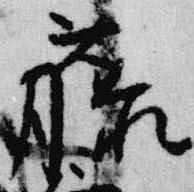
藤